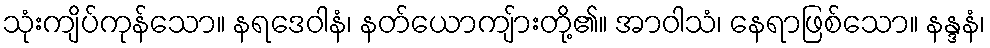
သုံးကျိပ်ကုန်သော။ နရဒေဝါနံ၊ နတ်ယောကျ်ားတို့၏။ အာဝါသံ၊ နေရာဖြစ်သော။ နန္ဒနံ၊